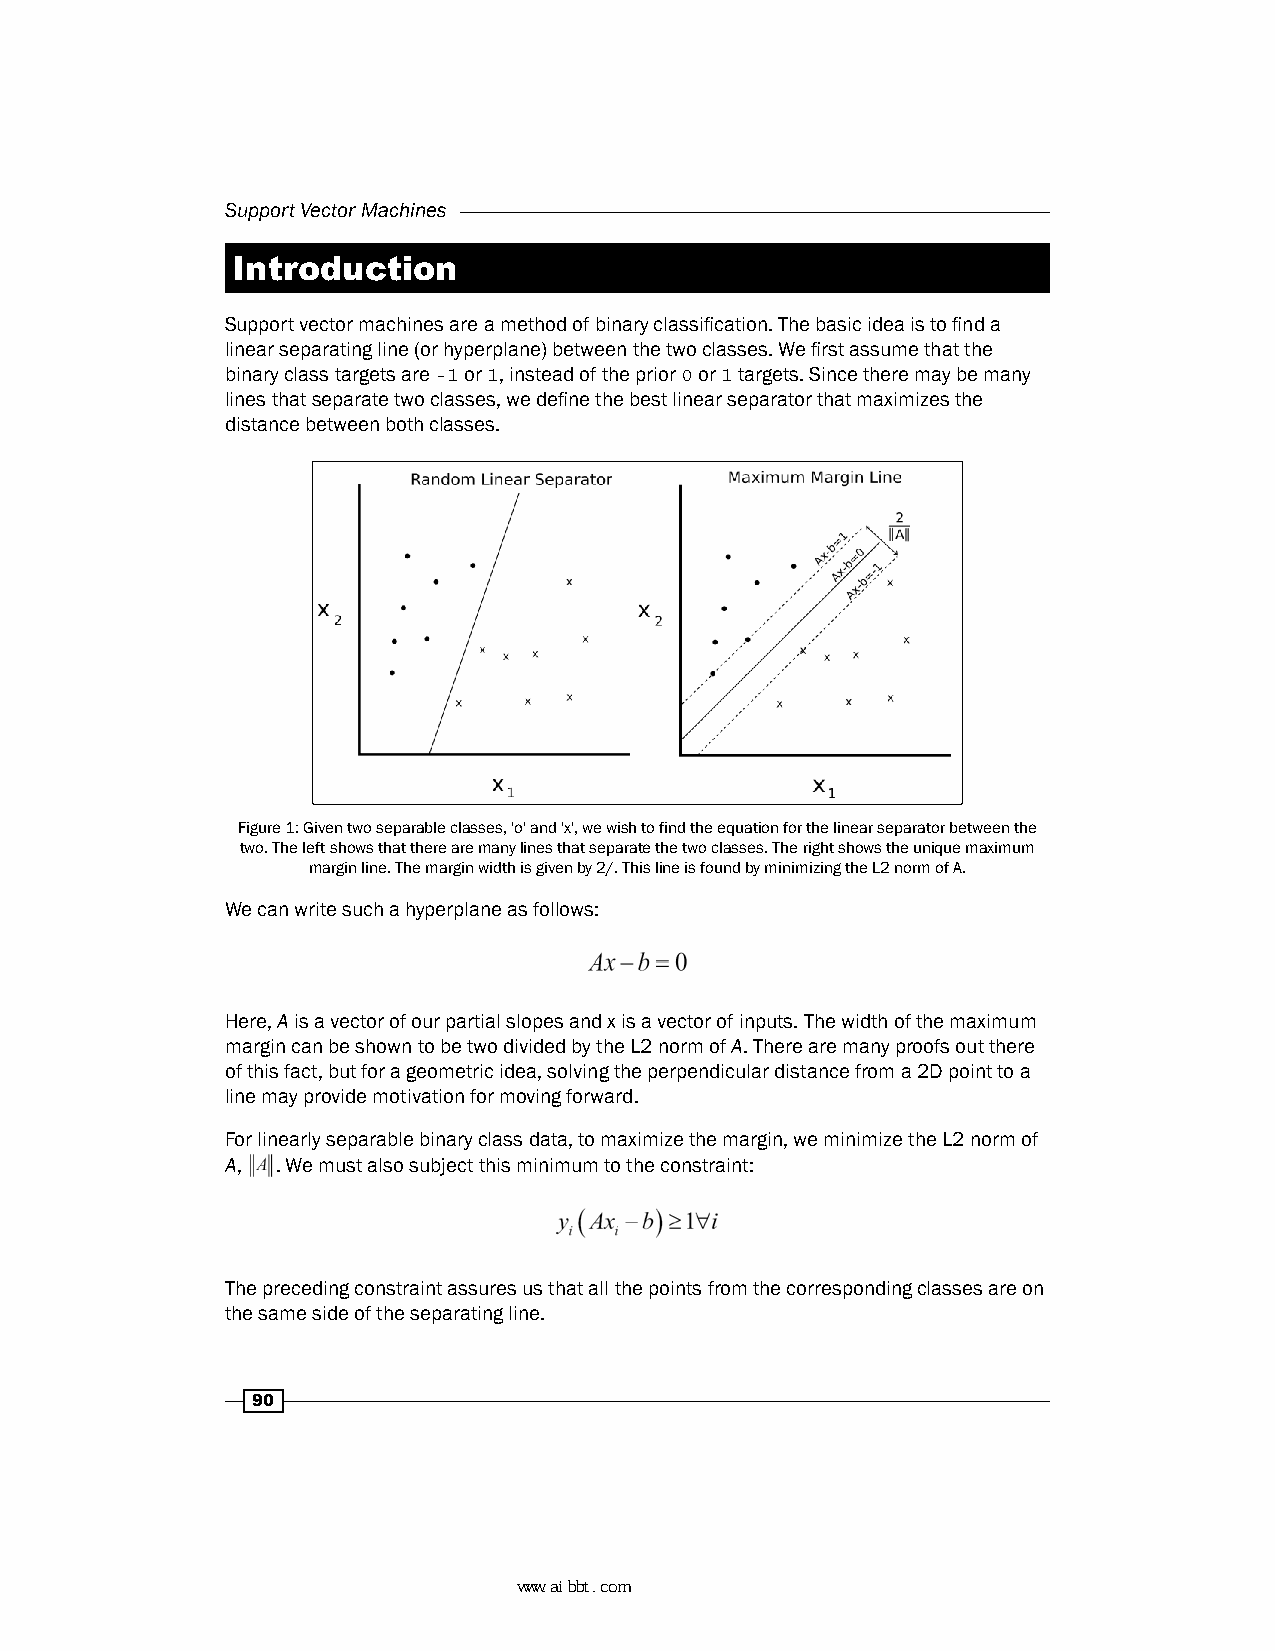
Support Vector Machines
 Introduction
 Support vector machines are a method of binary classification. The basic idea is to find a
 linear separating line (or hyperplane) between the two classes. We first assume that the
 binary class targets are -1 or 1, instead of the prior 0 or 1 targets. Since there may be many
 lines that separate two classes, we define the best linear separator that maximizes the
 distance between both classes.
 Figure 1: Given two separable classes, 'o' and 'x', we wish to find the equation for the linear separator between the
 two. The left shows that there are many lines that separate the two classes. The right shows the unique maximum
 margin line. The margin width is given by 2/. This line is found by minimizing the L2 norm of A.
 We can write such a hyperplane as follows:
 Here, A is a vector of our partial slopes and x is a vector of inputs. The width of the maximum
 margin can be shown to be two divided by the L2 norm of A. There are many proofs out there
 of this fact, but for a geometric idea, solving the perpendicular distance from a 2D point to a
 line may provide motivation for moving forward.
 For linearly separable binary class data, to maximize the margin, we minimize the L2 norm of
 A, . We must also subject this minimum to the constraint:
 The preceding constraint assures us that all the points from the corresponding classes are on
 the same side of the separating line.
 90
 www.aibbt.com 让未来触手可及